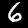
Label: 6